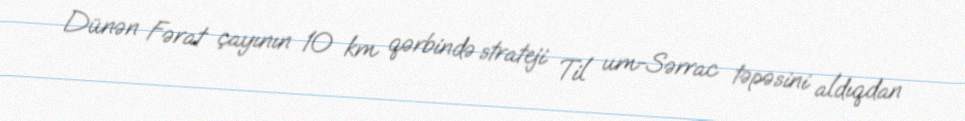
Dünən Fərat çayının 10 km qərbində strateji Til um-Sərrac təpəsini aldıqdan